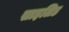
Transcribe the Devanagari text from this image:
साइलिड